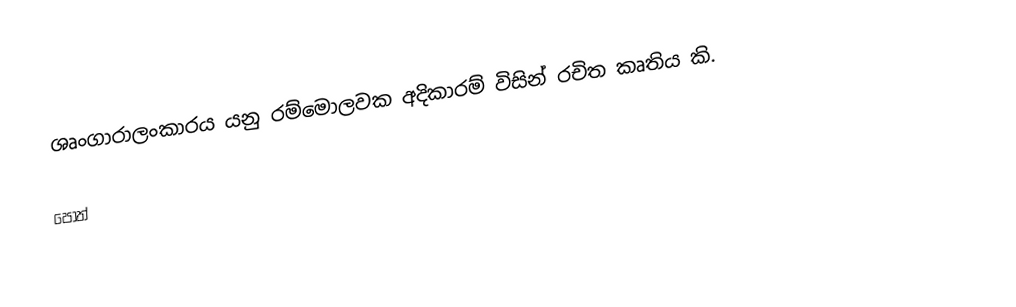
ශෘංගාරාලංකාරය යනු රම්මොලවක අදිකාරම් විසින් රචිත කෘතිය කි.

පොත්